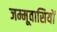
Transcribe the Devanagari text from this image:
जम्मूवासियों